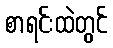
စာရင်းထဲတွင်